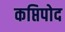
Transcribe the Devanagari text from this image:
कप्तिपोद